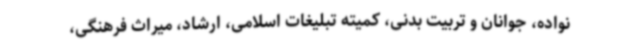
نواده، جوانان و تربیت بدنی، کمیته تبلیغات اسلامی، ارشاد، میراث فرهنگی،